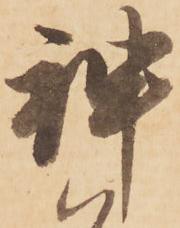
神